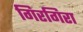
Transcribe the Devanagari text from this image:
गिरगिरा